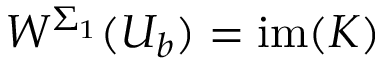
W ^ { \Sigma _ { 1 } } ( U _ { b } ) = \mathrm { i m } ( K )